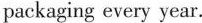
packaging every year.